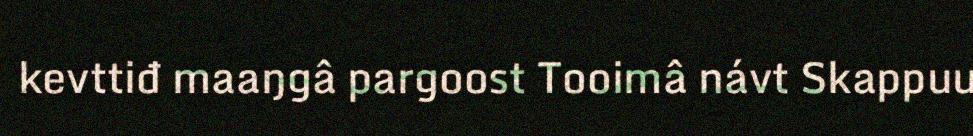
kevttiđ maaŋgâ pargoost Tooimâ návt Skappuu